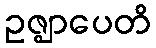
ဥဇ္ဈာပေတိ